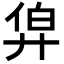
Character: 𢍑